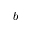
b